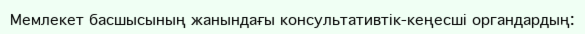
Мемлекет басшысының жанындағы консультативтік-кеңесші органдардың: